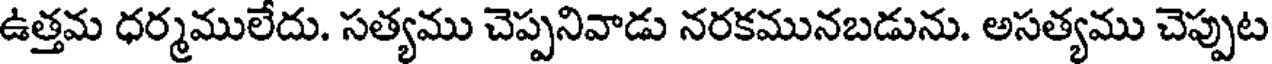
ఉత్తమ ధర్మములేదు. సత్యము చెప్పనివాడు నరకమునబడును. అసత్యము చెప్పుట